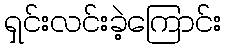
ရှင်းလင်းခဲ့ကြောင်း